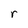
Character: r